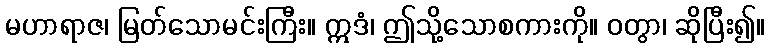
မဟာရာဇ၊ မြတ်သောမင်းကြီး။ ဣဒံ၊ ဤသို့သောစကားကို။ ဝတွာ၊ ဆိုပြီး၍။